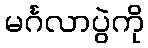
မင်္ဂလာပွဲကို